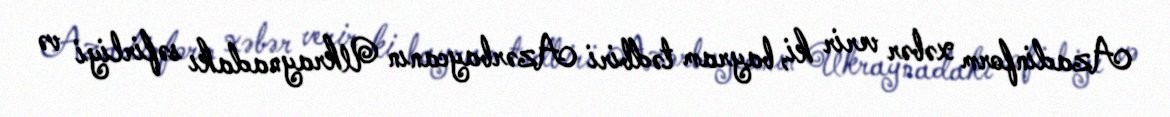
Azadinform xəbər verir ki, bayram tədbiri Azərbaycanın Ukraynadakı səfirliyi və